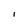
Character: I